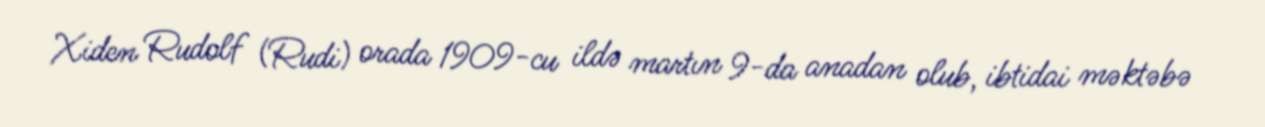
Xiden Rudolf (Rudi) orada 1909-cu ildə martın 9-da anadan olub, ibtidai məktəbə